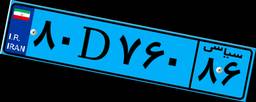
۸۰D۷۶۰۸۶